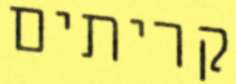
קריתים